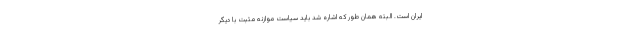
ایران است. البته همان طور که اشاره شد باید سیاست موازنه مثبت با دیگر